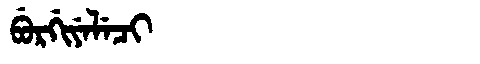
Manchu: ᠪᡠᡵᡤᡳᠶᡝᠯᡝᠴᡳ
Romanization: BURGIYELECI